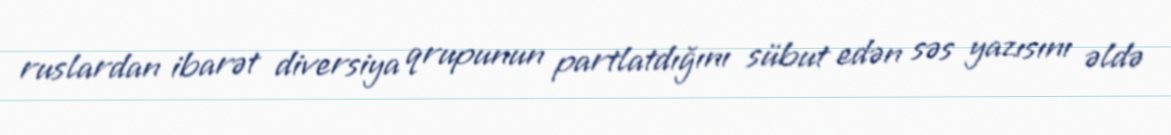
ruslardan ibarət diversiya qrupunun partlatdığını sübut edən səs yazısını əldə